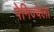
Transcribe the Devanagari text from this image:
पेनिज्वेला